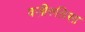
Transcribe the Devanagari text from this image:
वज़ीरुन्निसा